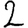
Digit: 2